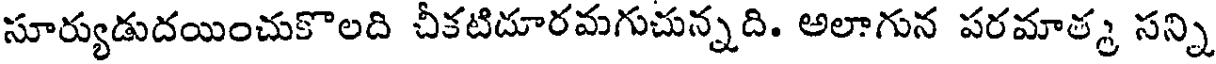
సూర్యుడుదయించుకొలది చీకటిదూరమగుచున్నది. అలాగున పరమాత్మ సన్ని